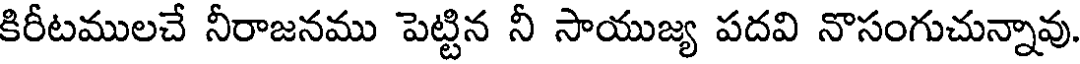
కిరీటములచే నీరాజనము పెట్టిన నీ సాయుజ్య పదవి నొసంగుచున్నావు